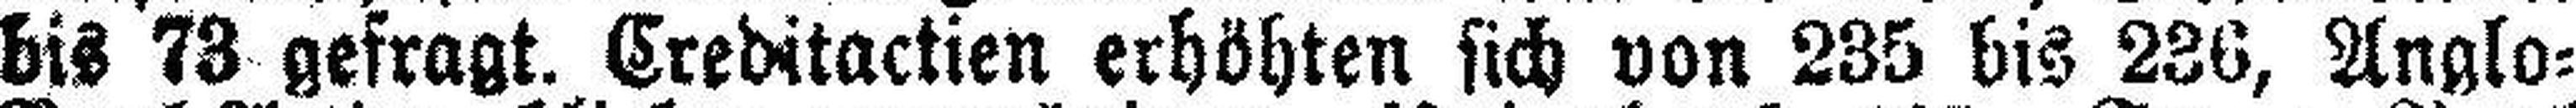
bis 73 gefragt. Creditactien erhöhten sich von 235 bis 236, Anglo=